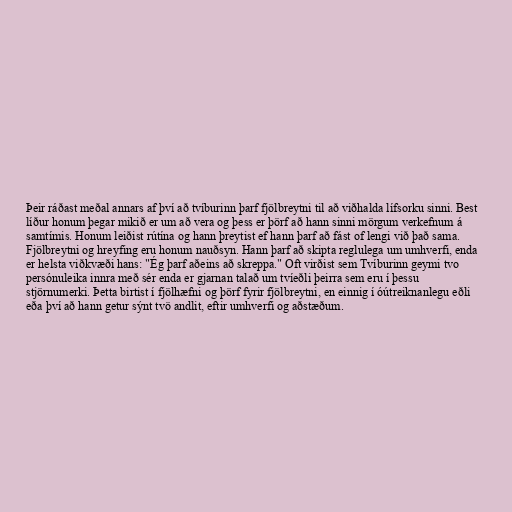
Þeir ráðast meðal annars af því að tvíburinn þarf fjölbreytni til að viðhalda lífsorku sinni. Best
líður honum þegar mikið er um að vera og þess er þörf að hann sinni mörgum verkefnum á
samtímis. Honum leiðist rútína og hann þreytist ef hann þarf að fást of lengi við það sama.
Fjölbreytni og hreyfing eru honum nauðsyn. Hann þarf að skipta reglulega um umhverfi, enda
er helsta viðkvæði hans: "Ég þarf aðeins að skreppa." Oft virðist sem Tvíburinn geymi tvo
persónuleika innra með sér enda er gjarnan talað um tvíeðli þeirra sem eru í þessu
stjörnumerki. Þetta birtist í fjölhæfni og þörf fyrir fjölbreytni, en einnig í óútreiknanlegu eðli
eða því að hann getur sýnt tvö andlit, eftir umhverfi og aðstæðum.